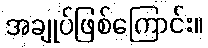
အချုပ်ဖြစ်ကြောင်း။